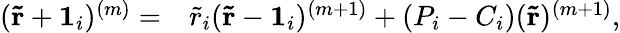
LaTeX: \begin{array}{rl}{(\mathbf{\tilde{r}}+\mathbf{1}_{i})^{(m)}=}&{{}\tilde{r}_{i}(\mathbf{\tilde{r}}-\mathbf{1}_{i})^{(m+1)}+(P_{i}-C_{i})(\mathbf{\tilde{r}})^{(m+1)},}\end{array}